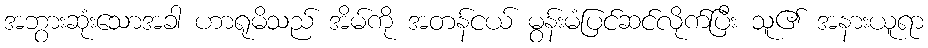
အဘွားဆုံးသောအခါ ဟာရုမိသည် အိမ်ကို အတန်ငယ် မွန်းမံပြင်ဆင်လိုက်ပြီး သူ၏ အနားယူရာ